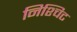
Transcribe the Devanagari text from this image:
निश्चिट